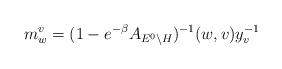
LaTeX: \begin{align*}m^v_w=(1-e^{-\beta}A_{E^0\backslash H})^{-1}(w,v)y_v^{-1}\quad\end{align*}